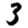
Digit: 3